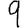
Digit: 9